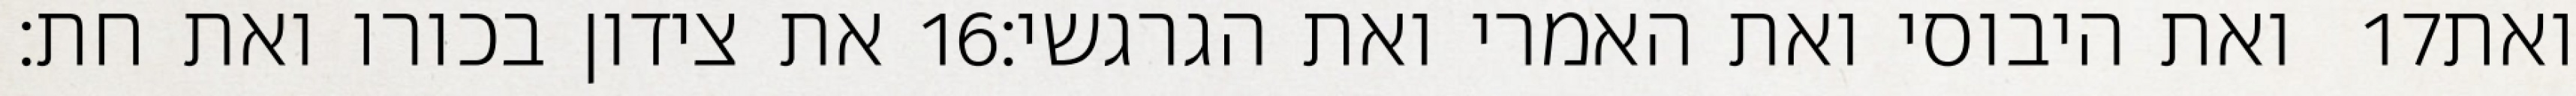
את צידון בכורו ואת חת׃ ‎16‏ ואת היבוסי ואת האמרי ואת הגרגשי׃ ‎17‏ ואת